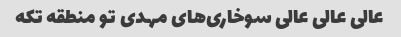
عالی عالی عالی سوخاری‌های مهدی تو منطقه تکه